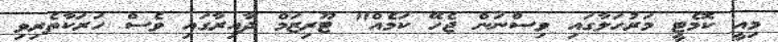
މިއީ ކޮމެޓީ މަރުހަލާގައި ވިސްނަން ޖެހޭ ކަމެއް" ޓޫރިޒަމް ދާއިރާގައި ވެސް ހަރަކާތެރިވި